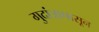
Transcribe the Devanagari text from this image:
गुदांत्रापासून